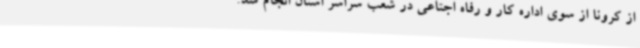
از کرونا از سوی اداره کار و رفاه اجتاعی در شعب سراسر استان انجام شد.